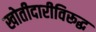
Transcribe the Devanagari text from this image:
खोतीदारीविरूद्ध